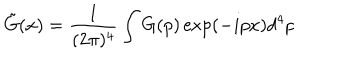
LaTeX: \tilde { G } ( x ) = \frac { 1 } { ( 2 \pi ) ^ { 4 } } \int G ( p ) \exp ( - i p x ) d ^ { 4 } p